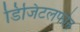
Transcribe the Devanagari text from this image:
डिजिटलफोन